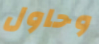
وحاول